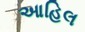
આહિલ